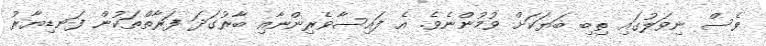
ވެސް ނިވަލުގައި ތިބި ބަޔަކަށް ވުމުންނެވެ. އެ ފައިސާވެރިންނާއި ބާރުގަދަ ފަރާތްތަކުން ފަނޑިޔާރު